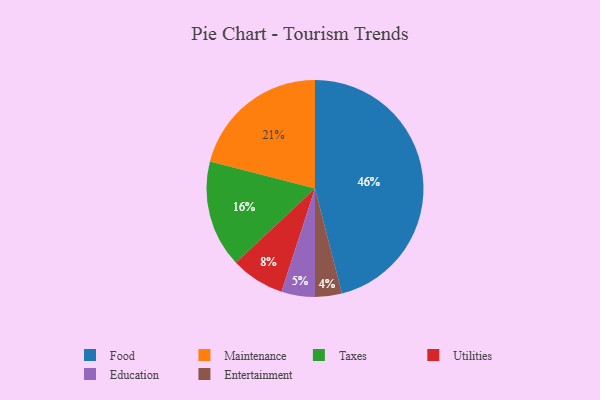
{"axis": {"x": "Category", "y": "Percentage"}, "legend": ["Education", "Entertainment", "Food", "Maintenance", "Taxes", "Utilities"], "data": [{"x": "Maintenance", "y": 21, "type": "Maintenance"}, {"x": "Taxes", "y": 16, "type": "Taxes"}, {"x": "Utilities", "y": 8, "type": "Utilities"}, {"x": "Entertainment", "y": 4, "type": "Entertainment"}, {"x": "Education", "y": 5, "type": "Education"}, {"x": "Food", "y": 46, "type": "Food"}]}